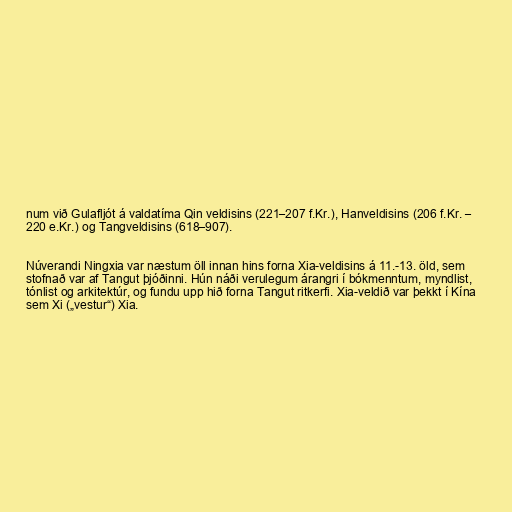
num við Gulafljót á valdatíma Qin veldisins (221–207 f.Kr.), Hanveldisins (206 f.Kr. –
220 e.Kr.) og Tangveldisins (618–907).

Núverandi Ningxia var næstum öll innan hins forna Xia-veldisins á 11.-13. öld, sem
stofnað var af Tangut þjóðinni. Hún náði verulegum árangri í bókmenntum, myndlist,
tónlist og arkitektúr, og fundu upp hið forna Tangut ritkerfi. Xia-veldið var þekkt í Kína
sem Xi („vestur“) Xia.